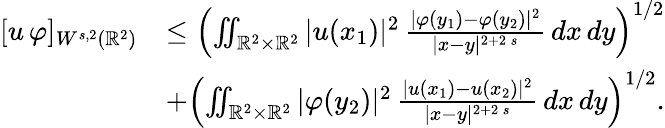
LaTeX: \begin{array}{rl}{[u\, \varphi]_{W^{s,2}(\mathbb{R}^{2})}}&{\le\left(\iint_{\mathbb{R}^{2}\times\mathbb{R}^{2}}|u(x_{1})|^{2}\, \frac{|\varphi(y_{1})-\varphi(y_{2})|^{2}}{|x-y|^{2+2\, s}}\, dx\, dy\right)^{1/2}}\\ &{+\left(\iint_{\mathbb{R}^{2}\times\mathbb{R}^{2}}|\varphi(y_{2})|^{2}\, \frac{|u(x_{1})-u(x_{2})|^{2}}{|x-y|^{2+2\, s}}\, dx\, dy\right)^{1/2}.}\end{array}